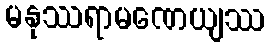
မနုဿရာမဏေယျဿ